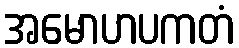
အမောဟပကတံ